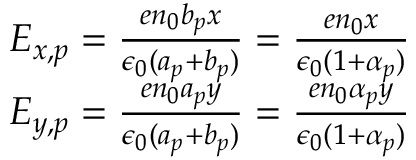
\begin{array} { r } { E _ { x , p } = \frac { e n _ { 0 } b _ { p } x } { \epsilon _ { 0 } ( a _ { p } + b _ { p } ) } = \frac { e n _ { 0 } x } { \epsilon _ { 0 } ( 1 + \alpha _ { p } ) } } \\ { E _ { y , p } = \frac { e n _ { 0 } a _ { p } y } { \epsilon _ { 0 } ( a _ { p } + b _ { p } ) } = \frac { e n _ { 0 } \alpha _ { p } y } { \epsilon _ { 0 } ( 1 + \alpha _ { p } ) } } \end{array}